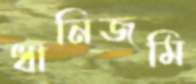
ধানিজমি